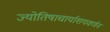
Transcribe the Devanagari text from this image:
ज्योतिषाचार्याशयवर्णन